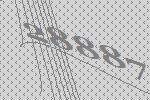
28887